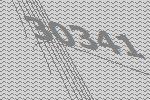
30341